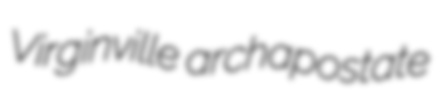
Virginville archapostate